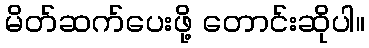
မိတ်ဆက်ပေးဖို့ တောင်းဆိုပါ။